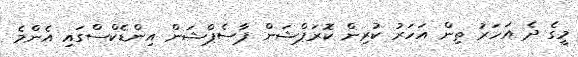
މީގެ ދެ އަހަރު ތިން އަހަރު ކުރިން ކޮރަޕްޝަން ޕާސެޕްޝަން އިންޑެކްސްގައި އެންމެ